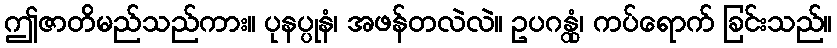
ဤဇာတိမည်သည်ကား။ ပုနပ္ပုနံ၊ အဖန်တလဲလဲ။ ဥပဂန္တုံ၊ ကပ်ရောက် ခြင်းသည်။